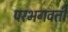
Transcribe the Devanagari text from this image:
परभगवती